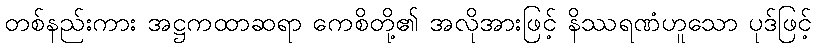
တစ်နည်းကား အဋ္ဌကထာဆရာ ကေစိတို့၏ အလိုအားဖြင့် နိဿရဏံဟူသော ပုဒ်ဖြင့်